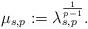
LaTeX: \begin{align*}\mu_{s,p}:=\lambda_{s,p}^{\frac{1}{p-1}}.\end{align*}